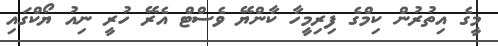
މީގެ އިތުރުން ކިމްގެ ފިރިމީހާ ކާންޔޭ ވެސްޓް އެރޭ ހުރީ ނިއު ޔޯކްގައި